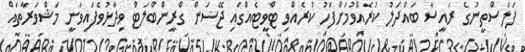
ފަލަސްތީނުގެ ރައީސާ ބައްދަލު ކުރެއްވުމަށްފަހު ކުރެއްވި ޓްވީޓެއްގައި ޖޭސަން ގްރީންބްލަޓް ވިދާޅުވެފައިވަނީ މަޝްވަރާތައް